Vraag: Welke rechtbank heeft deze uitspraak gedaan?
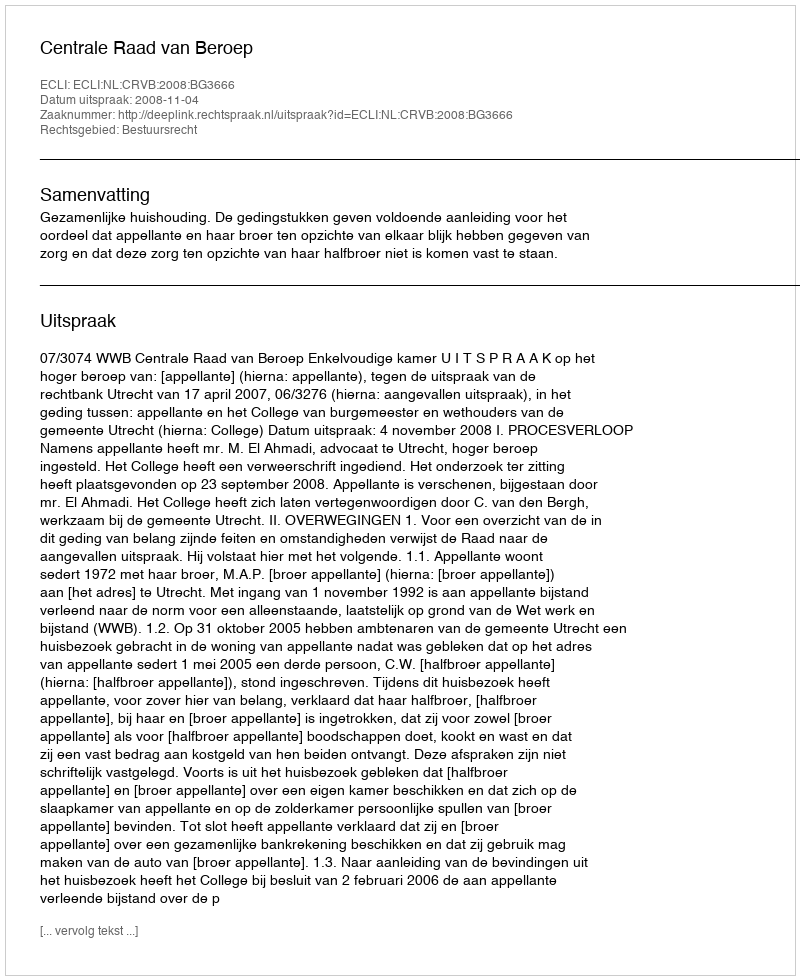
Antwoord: Centrale Raad van Beroep